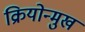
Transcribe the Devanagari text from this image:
क्रियोन्मुख